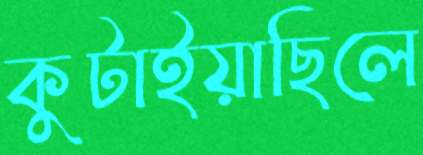
কুটাইয়াছিলে